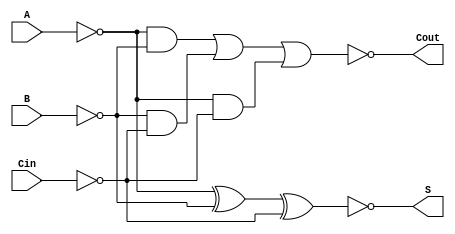
module Negative_Circuit_Full_Adder (
    input wire A,     // First input bit (active low)
    input wire B,     // Second input bit (active low)
    input wire Cin,   // Carry-in bit (active low)
    output wire S,    // Sum output (active low)
    output wire Cout   // Carry-out output (active low)
);

// Intermediate signals for the logic
wire A_n, B_n, Cin_n; // Inverted inputs
wire sum_temp;        // Temporary sum signal
wire carry_temp;      // Temporary carry signal

// Inverting the inputs for active low logic
assign A_n = ~A; // A_n = NOT A
assign B_n = ~B; // B_n = NOT B
assign Cin_n = ~Cin; // Cin_n = NOT Cin

// Sum calculation: S = NOT (A XOR B XOR Cin)
assign sum_temp = A_n ^ B_n ^ Cin_n; // XOR operation
assign S = ~sum_temp; // Final sum output (active low)

// Carry-out calculation: Cout = NOT ((A AND B) OR (B AND Cin) OR (A AND Cin))
assign carry_temp = (A_n & B_n) | (B_n & Cin_n) | (A_n & Cin_n); // OR operation
assign Cout = ~carry_temp; // Final carry output (active low)

endmodule